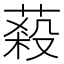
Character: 蔱